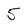
Character: 5